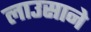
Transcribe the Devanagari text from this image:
लाउसाने